Vital statistics of India. Vol. IV, Annual returns from 1871 to 1876. British Army of India, Native Army and jails of Bengal
Year: 1871
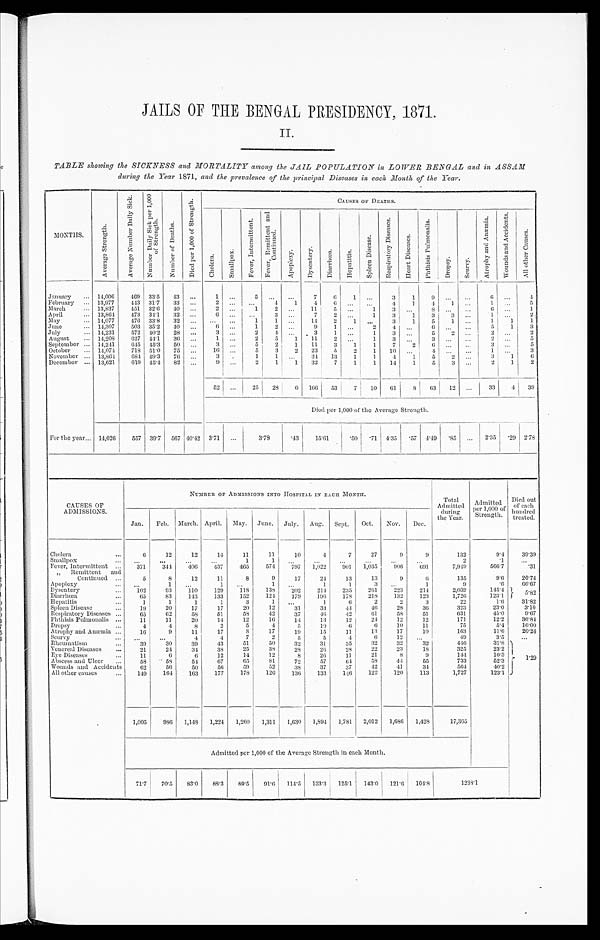
JAILS OF THE BENGAL PRESIDENCY, 1871.
II.
TABLE showing the SICKNESS and MORTALITY among the JAIL POPULATION in LOWER BENGAL and in ASSAM
during the Year 1871, and the prevalence of the principal Diseases in each Month of the Year.
M O N T H S .
A v e r a g e S t r e n g t h .
A v e r a g e N u m b e r D a i l y S i c k .
N u m b e r D a i l y S i c k p e r 1 , 0 0 0 o f S t r e n g t h .
N u m b e r o f D e a t h s .
D i e d p e r 1 , 0 0 0 o f S t r e n g t h .
C A U S E S O F D E A T H S .
C h o l e r a .
S m a l l p o x .
F e v e r , I n t e r m i t t e n t .
F e v e r , R e m i t t e n t a n d C o n t i n u e d .
A p o p l e x y .
D y s e n t e r y .
D i a r r h œ a .
H e p a t i t i s .
S p l e e n D i s e a s e .
R e s p i r a t o r y D i s e a s e s .
H e a r t D i s e a s e s .
P h t h i s i s P u l m o n a l i s .
D r o p s y .
S c u r v y .
A t r o p h y a n d A n æ m i a .
W o u n d s a n d A c c i d e n t s .
A l l o t h e r C a u s e s .
January
... 14,006
469 33.5
43 ...
1
. . .
5
. . .
. . .
7
6
1 ...
3
1
9
. . .
. . .
6
. . .
4
February ... 13,977
443 31.7
33 ...
2
. . .
...
4
1
4
6
. . .
. . .
4
1
4
1
. . .
1 ...
5
March
... 13,837
451 32.6
40 ...
2 ...
1
2
. . . 11
5
. . .
1
3 ...
8
. . .
. . .
6 ...
1
April
. . . 13,864
473 34.1
32
. . .
6
. . .
. . .
3
. . .
7
2
. . .
1
3 1
3
3 . . .
1 ...
2
May
. . . 14,077
476 33.8
32 ...
...
...
1
1
. . . 14
2
1 ...
3
1
5
1
. . .
1 1
1
June
. . . 14,307
503 35.2
4 0 ...
6
. . .
1
2
. . .
9
1
. . .
2
4
. . .
6
. . . . . .
5
1
3
July
. . . 14,231
572 40.2 28 ...
3
. . .
2
4
. . .
3
1 ...
1
3
. . .
5
2
. . .
2
. . .
2
August
... 14,208
627 44.1
3 6 ...
1
. . .
2
5
1
11
2 ...
1
3 ...
3
. . .
. . .
2 ...
5
September ... 14,241
645 45.3 50 ...
3
. . .
5
2
1
1 1
3
1
1
7
2
6 ...
. . .
3 ...
5
October
... 14,074
718 51.0
75
. . .
16
. . .
5
3
2
23
5
2
1
1 0
. . .
4
. . .
. . .
1
. . .
3
November ...
1 3 , 8 6 4
684 49.3 76
. . .
3
.
1
1 ...
3 4
1 3
1
1
4
1
5
2
. . .
3
1
6
December ... 13,621
619 45.4 82 ...
9
. . .
2
1
1
32 7
1
1
14
1
5
3
. . .
2
1
2
52 ...
25
28
6 166
53
7
10
61
8
63
12 ...
3 3
4
3 9
Died per 1,000 of the Average Strength.
For the year . . .
1 4 , 0 2 6
5 5 7 39.7
5 6 7
4 0 . 4 2
3 . 7 1 . . .
3 . 7 8
. 4 3
1 5 . 6 1
. 5 0
. 7 1
4.35
. 57
4 . 4 9
. 8 5
. . .
2 . 3 5
. 2 9
2 . 7 8
CAUSES OF
ADMISSIONS.
NUMBER OF ADMISSIONS INTO HOSPITAL IN EACH MONTH.
To t a l Ad mi t t e d d u r i n g t h e Ye a r .
A d m i t t e d p e r 1 , 0 0 0 o f S t r e n g t h .
Di ed out of each hundr ed t r eat ed.
Jan.
Feb. March. April. May. June. July. Aug. Sept.
Oct.
Nov.
Dec.
Cholera
...
6
12
12
1 4
1 1
11
10
4
7
27
9
9
132
9.4
39.39
Smallpox
...
. . .
. . .
. . .
. . .
1
1
. . .
. . .
. . .
. . .
. . .
. . .
2
. 1
...
Fever, Intermittent ...
371
344
406
437
465
574
797
1,022
901
1,035
9 0 6
6 9 1
7,949
566.7
.31
„ Remittent and
Continued ...
5
8
12
11
8
9
17
2 4
13
13
9
6
135
9.6
2 0 . 7 4
Apoplexy
. . . ...
1
...
1
. . .
1
. . .
1
1
3
. . . .
1
9
.6
6 6 . 6 7
Dysentery
. . .
102
93
110
129
1 1 8
138
202
214
235
261
223
2 1 4
2 , 0 3 9
1 4 5 . 4
5 . 8 2
Diarrhœa
...
65
83
143
133
152
1 2 4
179
196
178
218
132
123
1 , 7 2 6
1 2 3 . 1
Hepatitis
...
1
1
1
1
3
1
. . .
1
6
2
2
3
22
1 . 6
3 1 . 8 2
Spleen Disease
...
19
20
17
17
20
12
31
33
44
4 6
28
36
3 2 3
23.0
3.10
Respiratory Diseases ...
65
62
58
51
58
4 2
37
46
42
61
58
51
631
45.0
9 . 6 7
Phthisis Pulmonalis ...
11
11
20
14
12
16
14
13
12
2 4
12
12
171
12.2
3 6 . 8 4
Dropsy
...
4
4
8
2
5
4
5
1 9
6
6
10
11
75
5 . 4
1 6 . 0 0
Atrophy and Anæmia ...
16
9
11
17
8
17
19
15
11
13
17
10
1 6 3
1 1 . 6
20.24
Scuvry
. . .
. . .
. . .
4
4
7
2
5
5
4
6
12
...
49
3.5
. . .
Rheumatism
...
39
30
39
43
51
50
32
31
35
32
32
3 2
4 4 6
3 1 . 8
1 . 2 9
Venereal Diseases
...
21
24
34
3 8
25
38
28
26
28
22
23
18
325
23.2
Eye Diseases
...
11
6
6
12
14
12
8
26
11
21
8
9
1 4 4
10.3
Abscess and Ulcer
...
58
5 8
54
67
65 6 5
81
72
57
64
58
44
5 5
733
5 2 . 3
Wounds and Accidents
62
56
50
5 6
59
52
3 8
37
37
42
41
34
5 6 4
4 0 . 2
All other causes
...
149
164
163
177
178
126
136
133
146
1 2 2
120
1 1 3
1,727
1 2 3 . 1
1,005
986 1,148
1,224
1,260
1,311
1,630
1,894 1,781
2,012
1,686
1,428
17,365
Admitted per 1,000 of the Average Strength in each Month.
7 1 . 7
7 0 . 5
8 3 . 0
8 8 . 3
8 9 . 5
91.6
1 1 4 . 5
1 3 3 . 3
1 2 5 . 1
143.0
121.6
104.8
1 2 3 8 . 1